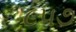
૮૫૭